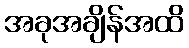
အခုအချိန်အထိ